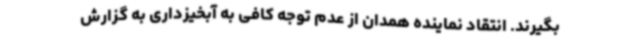
بگیرند. انتقاد نماینده همدان از عدم توجه کافی به آبخیزداری به گزارش